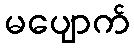
မပျောက်